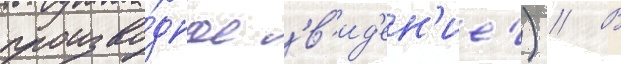
произво́дное 'в'ид'ен'ие') // В